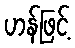
ဟန်ဖြင့်